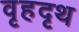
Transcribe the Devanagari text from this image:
वृहदृथ